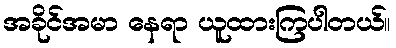
အခိုင်အမာ နေရာ ယူထားကြပါတယ်။